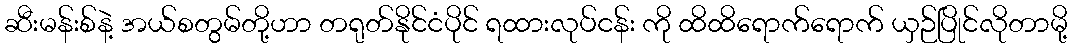
ဆီးမန်းစ်နဲ့ အယ်စတွမ်တို့ဟာ တရုတ်နိုင်ငံပိုင် ရထားလုပ်ငန်း ကို ထိထိရောက်ရောက် ယှဉ်ပြိုင်လိုတာမို့